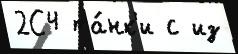
2С4 та́нк'и с из